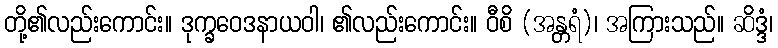
တို့၏လည်းကောင်း။ ဒုက္ခဝေဒနာယဝါ၊ ၏လည်းကောင်း။ ဝီစိ (အန္တရံ)၊ အကြားသည်။ ဆိဒ္ဒံ၊